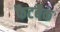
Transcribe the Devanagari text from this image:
फैटबैक